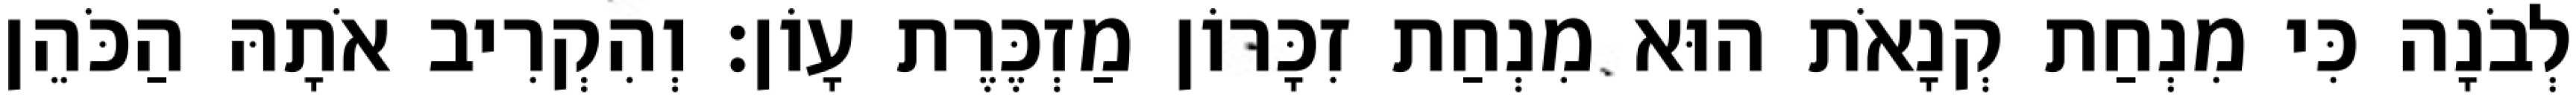
לְבֹנָה כִּי מִנְחַת קְנָאֹת הוּא מִנְחַת זִכָּרוֹן מַזְכֶּרֶת עָוֹן׃ וְהִקְרִיב אֹתָהּ הַכֹּהֵן